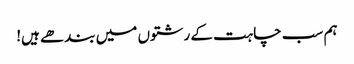
ہم سب چاہت کے رشتوں میں بندھے ہیں!